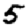
Digit: 5